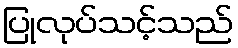
ပြုလုပ်သင့်သည်